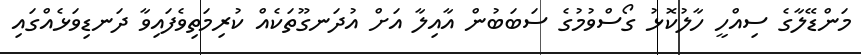
މަންޑޭލާގެ ސިއްހީ ހާލުކޮޅު ގޯސްވުމުގެ ސަބަބުން އާއިލާ އަށް އުދަނގޫތަކެއް ކުރިމަތިވެފައިވާ ދަނޑިވަޅެއްގައި